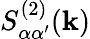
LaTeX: S_{\alpha\alpha^{\prime}}^{(2)}(\mathbf{k})